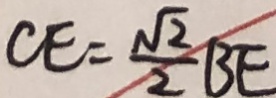
C E = \frac { \sqrt { 2 } } { 2 } B E